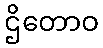
ဌိတောဝ